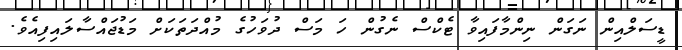
ޑީސަލްއިން ނަގަން ނިންމާފައިވާ ޓެކްސް ނެގުން ހަ މަސް ދުވަހުގެ މުއްދަތަކަށް މަޑުޖައްސާލައިފިއެވެ.